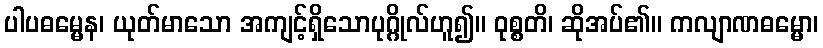
ပါပဓမ္မေန၊ ယုတ်မာသော အကျင့်ရှိသောပုဂ္ဂိုလ်ဟူ၍။ ဝုစ္စတိ၊ ဆိုအပ်၏။ ကလျာဏဓမ္မော၊